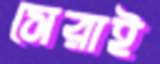
সেরাই